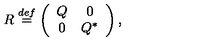
R \stackrel { d e f } { = } \left( \begin{array} { c c c c r } { Q } & { 0 } \\ { 0 } & { Q ^ { * } } \\ \end{array} \right) ,